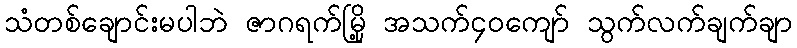
သံတစ်ချောင်းမပါဘဲ ဇာဂရက်မြို့ အသက်၄၀ကျော် သွက်လက်ချက်ချာ